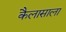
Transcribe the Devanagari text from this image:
कैलासाला